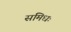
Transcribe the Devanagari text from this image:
समिधः